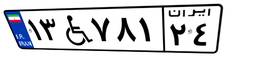
۰۴W۱۹۳۱۱